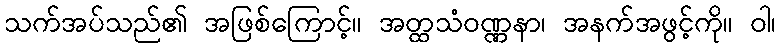
သက်အပ်သည်၏ အဖြစ်ကြောင့်။ အတ္ထသံဝဏ္ဏနာ၊ အနက်အဖွင့်ကို။ ဝါ၊